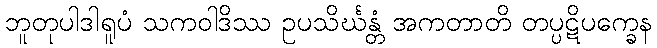
ဘူတုပါဒါရူပံ သကဝါဒိဿ ဥပသိင်္ဃန္တံ အကတာတိ တပ္ပဋိပက္ခေန